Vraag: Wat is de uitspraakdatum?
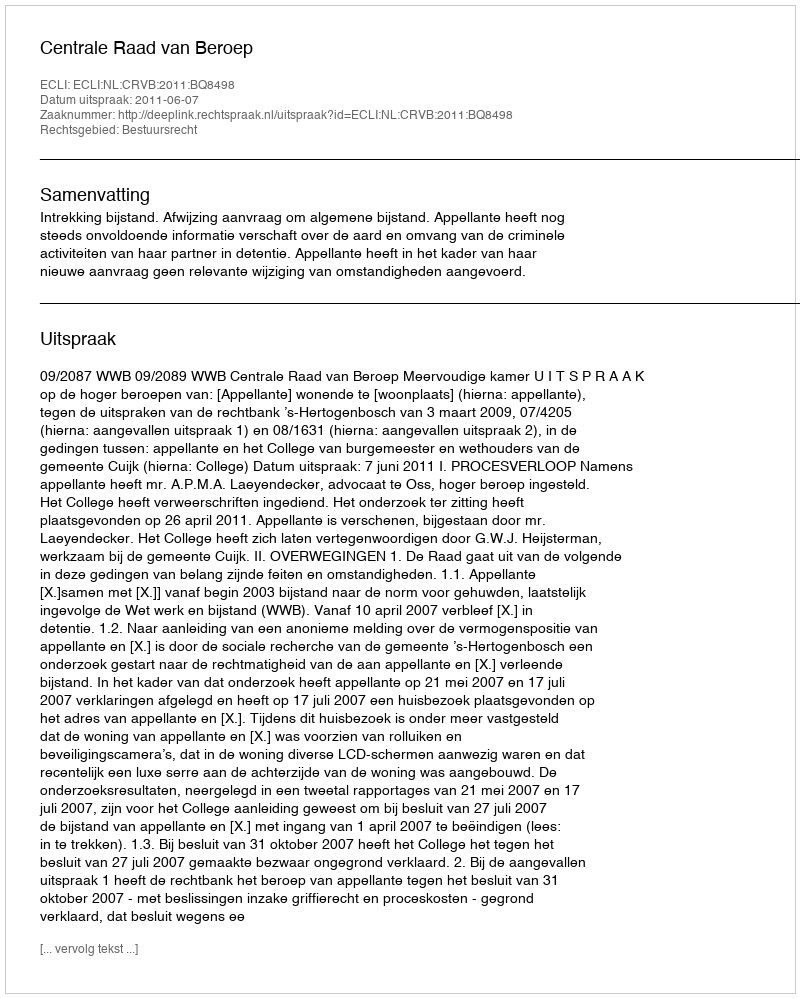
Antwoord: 2011-06-07